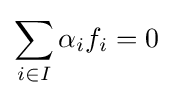
\sum _{i\in I}\alpha _{i}f_{i}=0